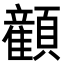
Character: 𬱏